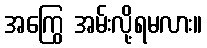
အကြွေ အမ်းလို့ရမလား။